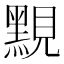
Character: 𪑈